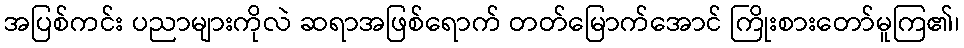
အပြစ်ကင်း ပညာများကိုလဲ ဆရာအဖြစ်ရောက် တတ်မြောက်အောင် ကြိုးစားတော်မူကြ၏၊